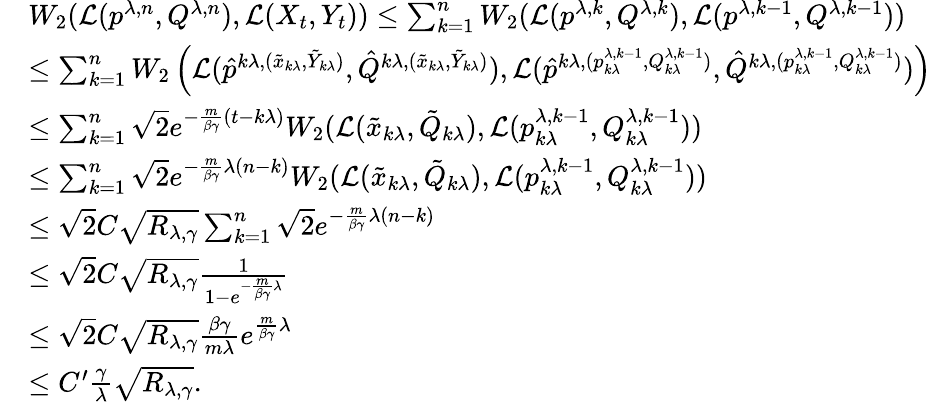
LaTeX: \begin{array}{rl}&{W_{2}(\mathcal{L}(p^{\lambda,n},Q^{\lambda,n}),\mathcal{L}(X_{t},Y_{t}))\leq\sum_{k=1}^{n}W_{2}(\mathcal{L}({p^{\lambda,k}},Q^{\lambda,k}),\mathcal{L}(p^{\lambda,k-1},Q^{\lambda,k-1}))}\\ &{\leq\sum_{k=1}^{n}W_{2}\left(\mathcal{L}(\hat{p}^{k\lambda,(\tilde{x}_{k\lambda},\tilde{Y}_{k\lambda})},\hat{Q}^{k\lambda,(\tilde{x}_{k\lambda},\tilde{Y}_{k\lambda})}),\mathcal{L}(\hat{p}^{k\lambda,(p_{k\lambda}^{\lambda,k-1},Q_{k\lambda}^{\lambda,k-1})},\hat{Q}^{k\lambda,(p_{k\lambda}^{\lambda,k-1},Q_{k\lambda}^{\lambda,k-1})})\right)}\\ &{\leq\sum_{k=1}^{n}\sqrt{2}e^{-\frac{m}{\beta\gamma}(t-k\lambda)}W_{2}(\mathcal{L}(\tilde{x}_{k\lambda},\tilde{Q}_{k\lambda}),\mathcal{L}(p_{k\lambda}^{\lambda,k-1},Q_{k\lambda}^{\lambda,k-1}))}\\ &{\leq\sum_{k=1}^{n}\sqrt{2}e^{-\frac{m}{\beta\gamma}\lambda(n-k)}W_{2}(\mathcal{L}(\tilde{x}_{k\lambda},\tilde{Q}_{k\lambda}),\mathcal{L}(p_{k\lambda}^{\lambda,k-1},Q_{k\lambda}^{\lambda,k-1}))}\\ &{\leq\sqrt{2}C\sqrt{R_{\lambda,\gamma}}\sum_{k=1}^{n}\sqrt{2}e^{-\frac{m}{\beta\gamma}\lambda(n-k)}}\\ &{\leq\sqrt{2}C\sqrt{R_{\lambda,\gamma}}\frac{1}{1-e^{-\frac{m}{\beta\gamma}\lambda}}}\\ &{\leq\sqrt{2}C\sqrt{R_{\lambda,\gamma}}\frac{\beta\gamma}{m\lambda}e^{\frac{m}{\beta\gamma}\lambda}}\\ &{\leq C^{\prime}\frac{\gamma}{\lambda}\sqrt{R_{\lambda,\gamma}}.}\end{array}